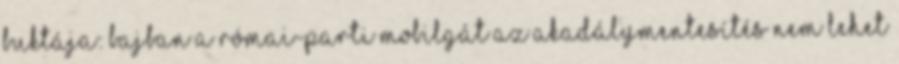
buktája: bajban a Római-parti mobilgát Az akadálymentesítés nem lehet